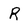
Character: R